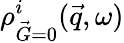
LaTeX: {\rho_{\vec{G}=0}^{i}(\vec{q},\omega)}